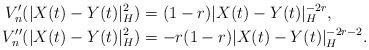
LaTeX: \begin{align*}V_n'(|X(t)-Y(t)|_H^2)&=(1-r)|X(t)-Y(t)|_H^{-2r}, \\V_n''(|X(t)-Y(t)|_H^2)&=-r(1-r)|X(t)-Y(t)|_H^{-2r-2}.\end{align*}